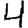
Digit: 4